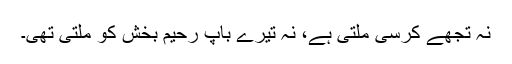
نہ تجھے کرسی ملتی ہے، نہ تیرے باپ رحیم بخش کو ملتی تھی۔